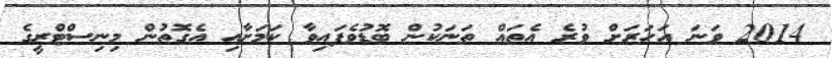
2014 ވަނަ އަހަރަށް ވުރެ އެތައް ތަނަކުން ބޮޑުވެފައިވާ ކަމަށާއި އެގޮތުން މިނިސްޓްރީގެ